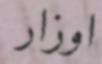
اوزار